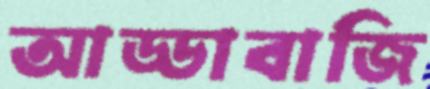
আড্ডাবাজি